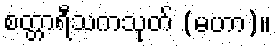
စတ္တာရီသကသုတ် (မဟာ)။